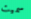
سميت